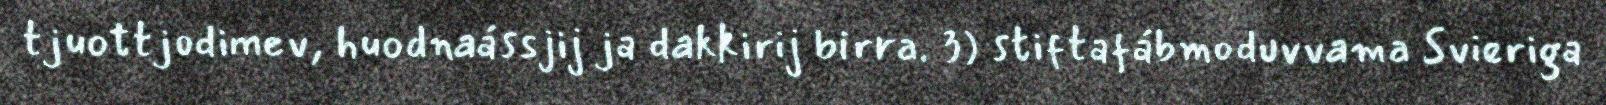
tjuottjodimev, huodnaássjij ja dakkirij birra. 3) stiftafábmoduvvama Svieriga